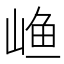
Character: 𱛴